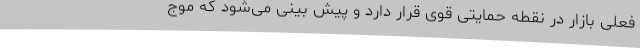
فعلی بازار در نقطه حمایتی قوی قرار دارد و پیش بینی می‌شود که موج